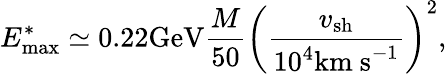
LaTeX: E_{\mathrm{max}}^{*}\simeq 0.22\mathrm{GeV}\frac{M}{50}\left(\frac{v_{\mathrm{sh}}}{10^{4}\mathrm{km~s}^{-1}}\right)^{2},